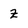
Character: z